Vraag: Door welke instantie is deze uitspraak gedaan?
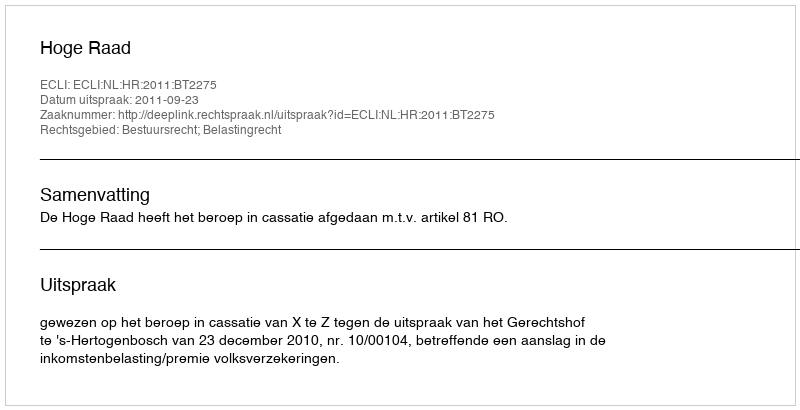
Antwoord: Hoge Raad